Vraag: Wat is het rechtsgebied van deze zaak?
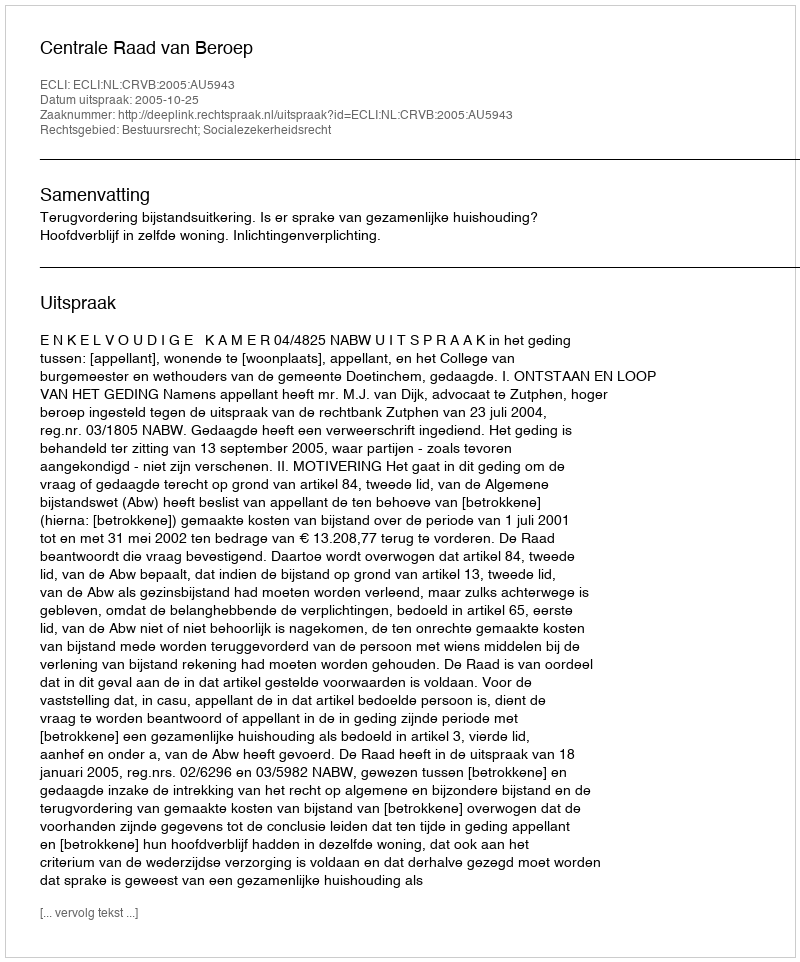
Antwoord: Bestuursrecht; Socialezekerheidsrecht